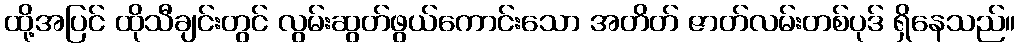
ထို့အပြင် ထိုသီချင်းတွင် လွမ်းဆွတ်ဖွယ်ကောင်းသော အတိတ် ဇာတ်လမ်းတစ်ပုဒ် ရှိနေသည်။